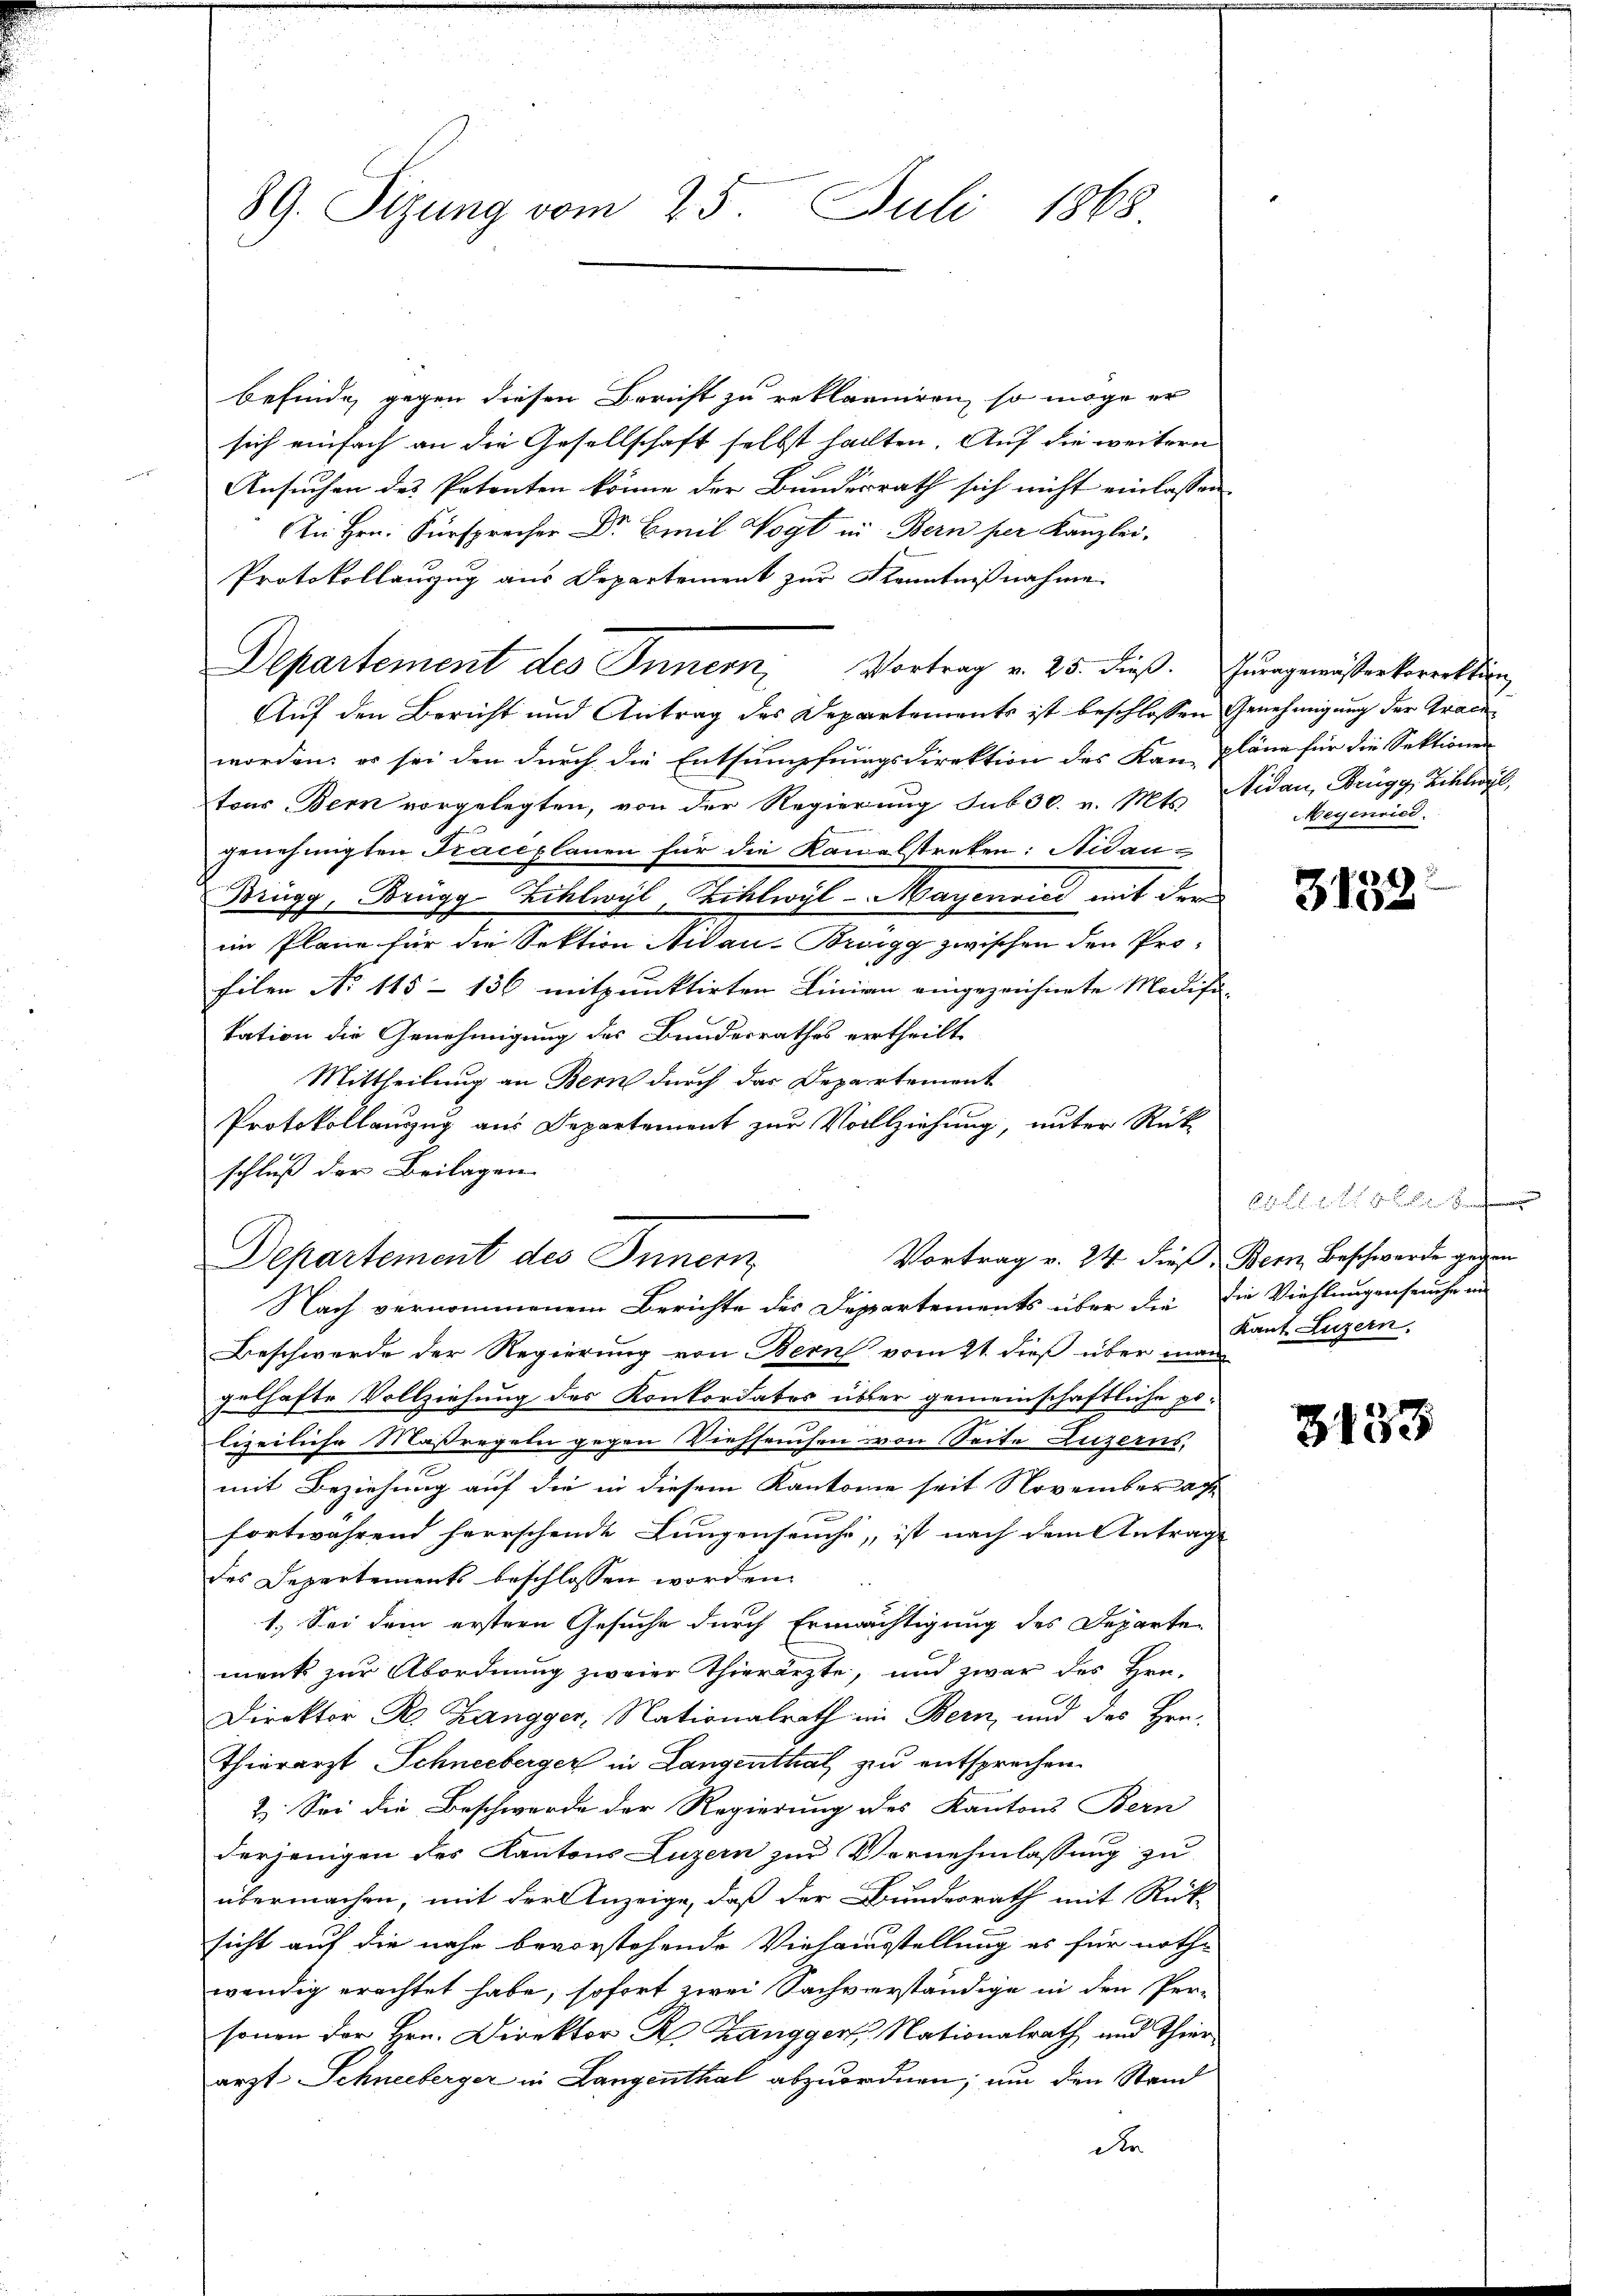
89. Sizung vom 25. Juli 1868.

befinde, gegen diesen Bericht zu reklariiren, so möge er
sich einfach an die Gesellschaft selbst halten. Auf die weitern
Ansuchen des Petenten könne der Bundesrath sich nicht einlassen
 Hrn. Fürsprache Dr. Am Vogt in Bern per Kanzlei-
Protokollauszug aus Departement zur Kenntnißnahme
Auf den Bericht und Antrag des Departements ist beschlossen Genehmigung der Grade
worden; es sei den durch die Entsumpfnungsdirektion des Kan Pläne für die Sektionen
tons Bern vorgelegten, von der Regierung sub 30. v. Mts. Nidau, Brugg, Zihlwyl
genehmigten Traceplanen für die Kanalstreken: Nidau¬
Brugg, Brügg Zihlwyl, Billwyl - Mayenvici mit der
im Plane für die Sektion Nidau-Brugg zwischen den Profilen No 115 – 136 mitzunktirten Linien eingezeichnete Modifi-
kation die Genehmigung des Bundesrathes ertheilt
Mittheilung an Bern durch das Departement
Protokollauszug aus Departement zur Vollziehung, unter Rück-
schluß der Beilagen
Departement des Innern
Nach vernommenem Berichte des Departements über die die Viehlungenseuche in
Beschwerde der Regierung von Bern vom 21. dieß über man
gelhafte Vollziehung des Konkordates über gemeinschaftliche po¬
.

lizeiliche Maßregeln gegen Viehseuchen von Seite Luzerns,
mit Beziehung auf die in diesem Kantonie seit November ach
fortwährend herrschende Lungenseuche, ist nach dem Antrag
des Departements beschlossen worden.
1.) Sei dem erstern Gesuche durch Ermächtigung des Departe
menk zur Abordnung zweier Thierärzte, und zwar des Hrn.
Direktor R. Zangger, Nationalrath im Bern, und des Hrn.
Thierarzt Schneeberger in Langenthal zur entsprechen.
2. Sei die Beschwerde der Regierung des Kantons Bern
derjenigen des Kantons Luzern zur Vornehmlassung zu
übermachen, mit der Anzeige, daß der Bundesrath mit Rück-
sicht auf die nahe bevorstehende Viehausstellung es für noth-
wendig erachtet habe, sofort zwei Sachverständige in den Personen der Hrn. Direktor R. Zangger Nationalrath und Thier
arzt Schneeberger in Langenthal abzuordnen; um den Stand
Re

Departement des Innern, Vortrag v. 25. dieß. Zungemässerkorektion

Vortrag v. 24. dieß, Bern, Beschwerde gegen

eyenried

3132.

21 ff. 2 f 9 x
Kant. Luzern.

3133